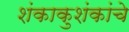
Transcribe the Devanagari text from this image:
शंकाकुशंकांचे